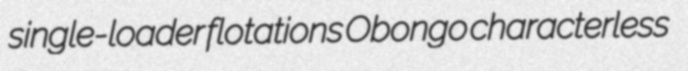
single-loader flotations Obongo characterless